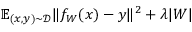
\begin{array} { r } { \mathbb E _ { ( \boldsymbol { x } , \boldsymbol { y } ) \sim \mathcal D } \| f _ { W } ( \boldsymbol { x } ) - \boldsymbol { y } \| ^ { 2 } + \lambda | \boldsymbol { W } | } \end{array}